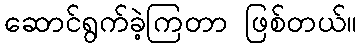
ဆောင်ရွက်ခဲ့ကြတာ ဖြစ်တယ်။